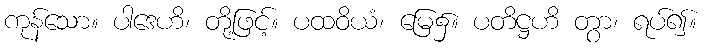
ကုန်သော။ ပါဒေဟိ၊ တို့ဖြင့်။ ပထဝိယံ၊ မြေ၌။ ပတိဋ္ဌဟိ တွာ၊ ရပ်၍။